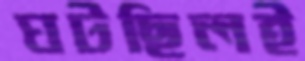
ঘটছিলই